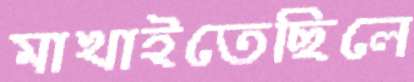
মাখাইতেছিলে